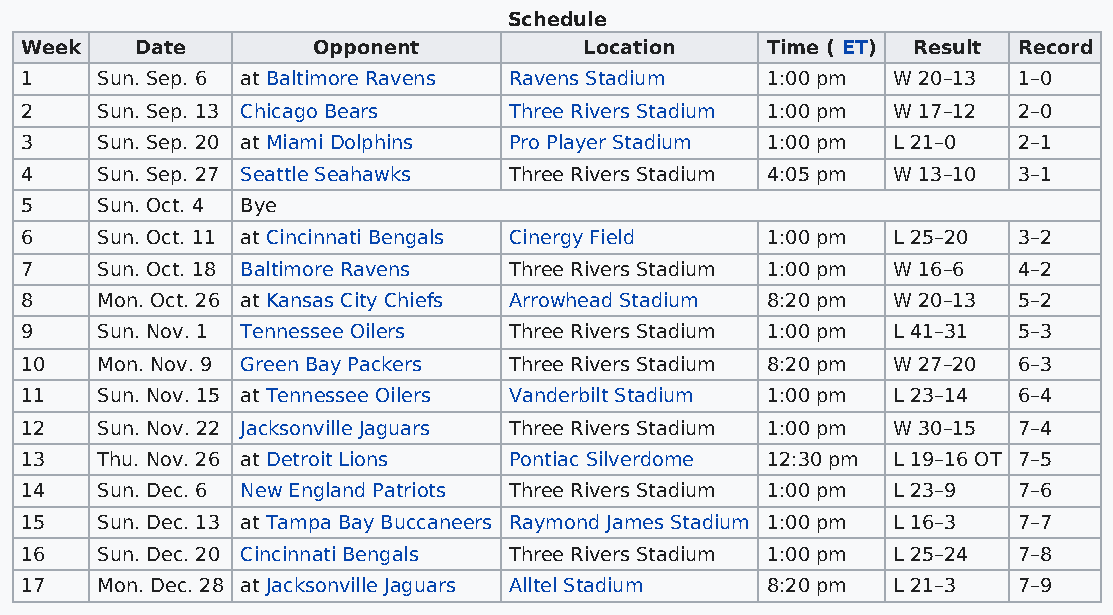
Schedule
 Week    Date        Opponent          Location    Time ( ET) Result Record
 1    Sun. Sep. 6 at Baltimore Ravens Ravens Stadium 1:00 pm W 20–13 1–0
 2    Sun. Sep. 13 Chicago Bears  Three Rivers Stadium 1:00 pm W 17–12 2–0
 3    Sun. Sep. 20 at Miami Dolphins Pro Player Stadium 1:00 pm L 21–0 2–1
 4    Sun. Sep. 27 Seattle Seahawks Three Rivers Stadium 4:05 pm W 13–10 3–1
 5    Sun. Oct. 4 Bye
 6    Sun. Oct. 11 at Cincinnati Bengals Cinergy Field 1:00 pm L 25–20 3–2
 7    Sun. Oct. 18 Baltimore Ravens Three Rivers Stadium 1:00 pm W 16–6 4–2
 8    Mon. Oct. 26 at Kansas City Chiefs Arrowhead Stadium 8:20 pm W 20–13 5–2
 9    Sun. Nov. 1 Tennessee Oilers Three Rivers Stadium 1:00 pm L 41–31 5–3
 10   Mon. Nov. 9 Green Bay Packers Three Rivers Stadium 8:20 pm W 27–20 6–3
 11   Sun. Nov. 15 at Tennessee Oilers Vanderbilt Stadium 1:00 pm L 23–14 6–4
 12   Sun. Nov. 22 Jacksonville Jaguars Three Rivers Stadium 1:00 pm W 30–15 7–4
 13   Thu. Nov. 26 at Detroit Lions Pontiac Silverdome 12:30 pm L 19–16 OT 7–5
 14   Sun. Dec. 6 New England Patriots Three Rivers Stadium 1:00 pm L 23–9 7–6
 15   Sun. Dec. 13 at Tampa Bay Buccaneers Raymond James Stadium 1:00 pm L 16–3 7–7
 16   Sun. Dec. 20 Cincinnati Bengals Three Rivers Stadium 1:00 pm L 25–24 7–8
 17   Mon. Dec. 28 at Jacksonville Jaguars Alltel Stadium 8:20 pm L 21–3 7–9